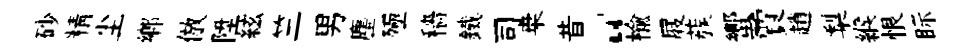
砂精尘郷倣陞絃竺男塵殛穡鐵司桒昔“楡屐蔟蠁賈趙梨緱恨眎